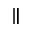
\|